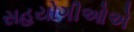
સહયોગીઓએ